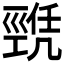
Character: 𢀫